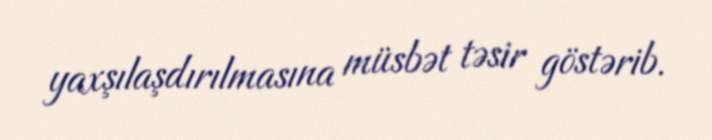
yaxşılaşdırılmasına müsbət təsir göstərib.